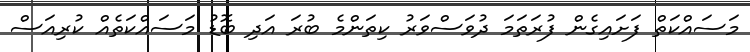
މަސައްކަތް ފަށައިގެން ފުރަތަމަ ދުވަސްވަރު ކިތަންމެ ބުރަ އަދި ބޮޑު މަސައްކަތެއް ކުރިއަސް